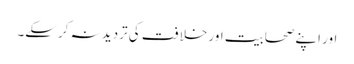
اور اپنے صحابیت اور خلافت کی تردید نہ کرسکے۔